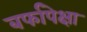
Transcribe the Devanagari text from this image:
बर्फापेक्षा